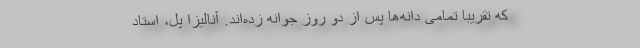
که تقریبا تمامی دانه‌ها پس از دو روز جوانه زده‌اند. آنالیزا پل، استاد